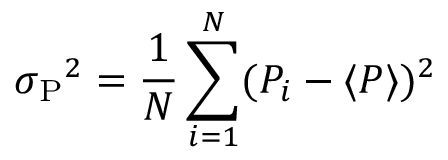
\sigma { _ { \mathrm P } } ^ { 2 } = { \frac { 1 } { N } } \sum _ { i = 1 } ^ { N } ( P _ { i } - \langle P \rangle ) ^ { 2 }